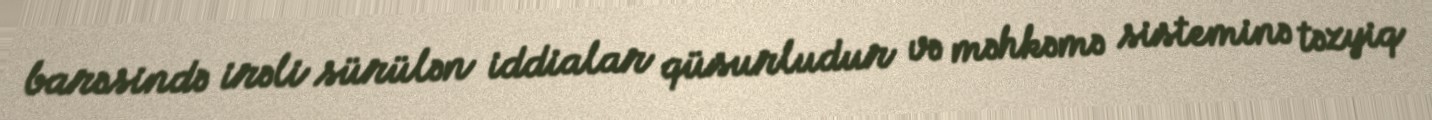
barəsində irəli sürülən iddialar qüsurludur və məhkəmə sisteminə təzyiq